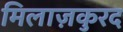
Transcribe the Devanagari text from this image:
मिलाज़कुरद